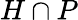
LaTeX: H\cap P